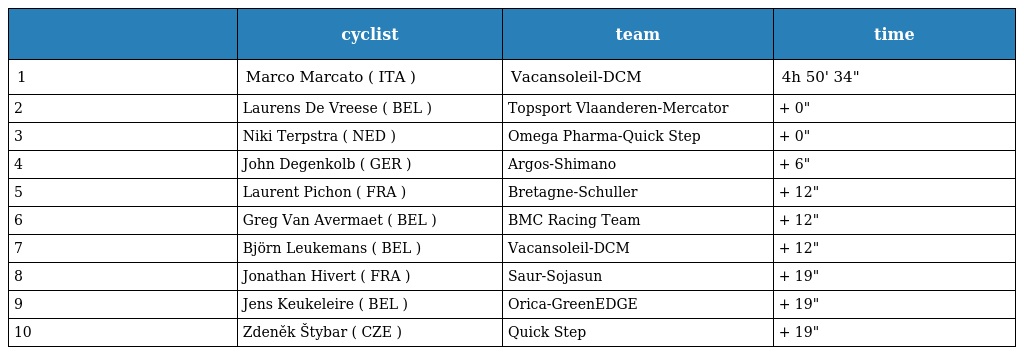
|  | cyclist | team | time |
 | --- | --- | --- | --- |
 | 1 | Marco Marcato ( ITA ) | Vacansoleil-DCM | 4h 50' 34" |
 | 2 | Laurens De Vreese ( BEL ) | Topsport Vlaanderen-Mercator | + 0" |
 | 3 | Niki Terpstra ( NED ) | Omega Pharma-Quick Step | + 0" |
 | 4 | John Degenkolb ( GER ) | Argos-Shimano | + 6" |
 | 5 | Laurent Pichon ( FRA ) | Bretagne-Schuller | + 12" |
 | 6 | Greg Van Avermaet ( BEL ) | BMC Racing Team | + 12" |
 | 7 | Björn Leukemans ( BEL ) | Vacansoleil-DCM | + 12" |
 | 8 | Jonathan Hivert ( FRA ) | Saur-Sojasun | + 19" |
 | 9 | Jens Keukeleire ( BEL ) | Orica-GreenEDGE | + 19" |
 | 10 | Zdeněk Štybar ( CZE ) | Quick Step | + 19" |